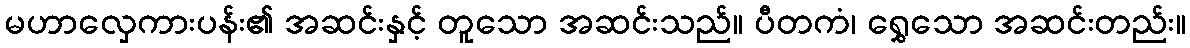
မဟာလှေကားပန်း၏ အဆင်းနှင့် တူသော အဆင်းသည်။ ပီတကံ၊ ရွှေသော အဆင်းတည်း။